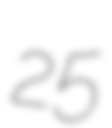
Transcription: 25